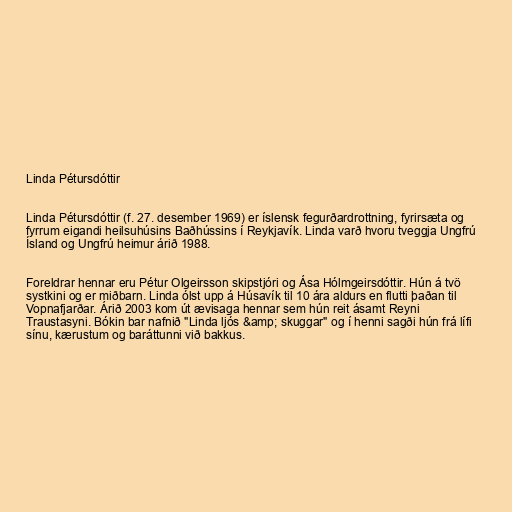
Linda Pétursdóttir

Linda Pétursdóttir (f. 27. desember 1969) er íslensk fegurðardrottning, fyrirsæta og
fyrrum eigandi heilsuhúsins Baðhússins í Reykjavík. Linda varð hvoru tveggja Ungfrú
Ísland og Ungfrú heimur árið 1988.

Foreldrar hennar eru Pétur Olgeirsson skipstjóri og Ása Hólmgeirsdóttir. Hún á tvö
systkini og er miðbarn. Linda ólst upp á Húsavík til 10 ára aldurs en flutti þaðan til
Vopnafjarðar. Árið 2003 kom út ævisaga hennar sem hún reit ásamt Reyni
Traustasyni. Bókin bar nafnið "Linda ljós &amp; skuggar" og í henni sagði hún frá lífi
sínu, kærustum og baráttunni við bakkus.